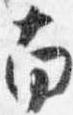
南